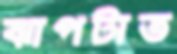
ঝাপটাত